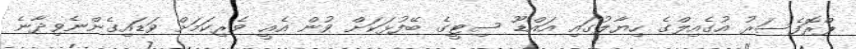
ޕްރޮފެސަރު އުގެއިލްގެ ހިޔާލުގައި އައްޑޫ ސިޓީގެ ބޭފުޅަކަށް ވުން އެއީ ވެރިކަމަށް ވަޑައިގެންނެވިދާނެ